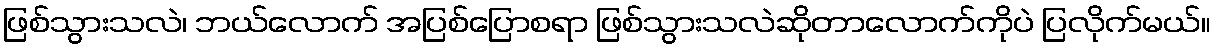
ဖြစ်သွားသလဲ၊ ဘယ်လောက် အပြစ်ပြောစရာ ဖြစ်သွားသလဲဆိုတာလောက်ကိုပဲ ပြလိုက်မယ်။